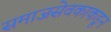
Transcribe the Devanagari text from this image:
समाजसेवकाकडून